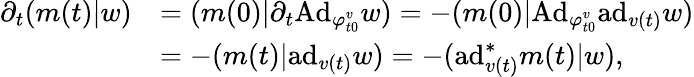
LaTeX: \begin{array}{rl}{\partial_{t}(m(t)|w)}&{=(m(0)|\partial_{t}\mathrm{Ad}_{\varphi_{t0}^{v}}w)=-(m(0)|\mathrm{Ad}_{\varphi_{t0}^{v}}\mathrm{ad}_{v(t)}w)}\\ &{=-(m(t)|\mathrm{ad}_{v(t)}w)=-(\mathrm{ad}_{v(t)}^{\ast}m(t)|w),}\end{array}